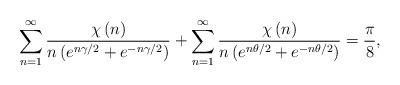
LaTeX: \begin{align*}\sum\limits_{n=1}^{\infty}\frac{\chi\left( n\right) }{n\left( e^{n\gamma/2}+e^{-n\gamma/2}\right) }+\sum\limits_{n=1}^{\infty}\frac{\chi\left(n\right) }{n\left( e^{n\theta/2}+e^{-n\theta/2}\right) }=\frac{\pi}{8},\end{align*}